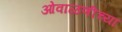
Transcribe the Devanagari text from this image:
ओवाळणीच्या